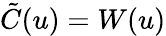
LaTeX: {\tilde{C}}(u)=W(u)